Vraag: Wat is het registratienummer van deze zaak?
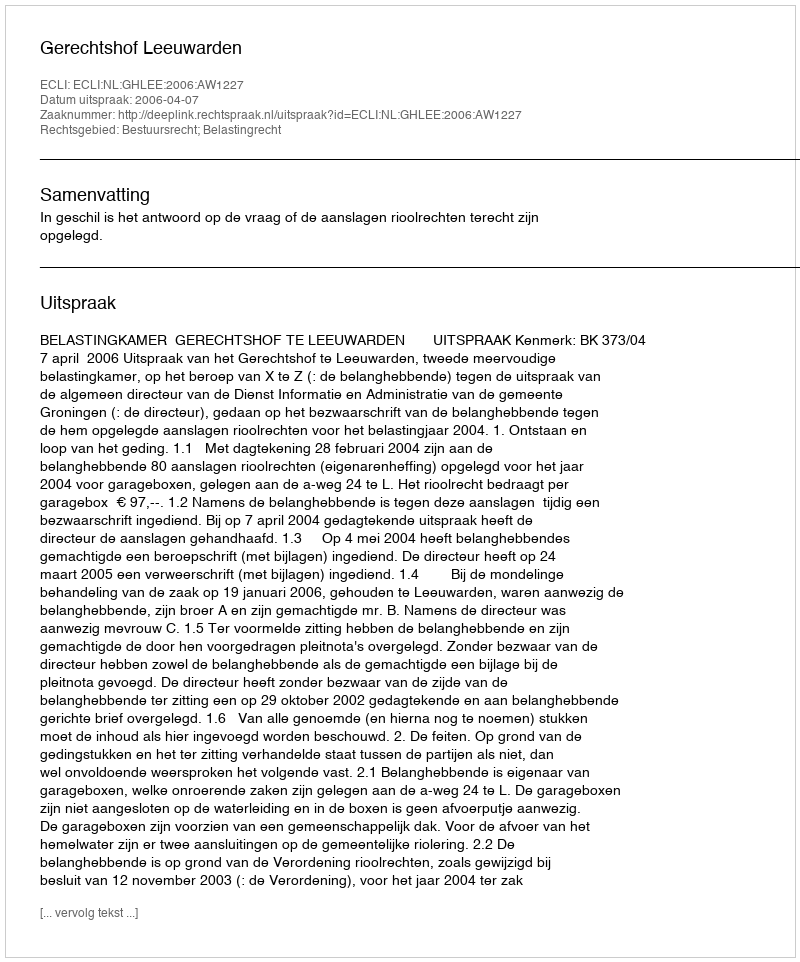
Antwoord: http://deeplink.rechtspraak.nl/uitspraak?id=ECLI:NL:GHLEE:2006:AW1227